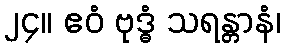
၂၄။ ဧဝံ ဗုဒ္ဓံ သရန္တာနံ၊